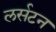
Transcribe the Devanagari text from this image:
लर्सटन